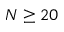
N \geq 2 0